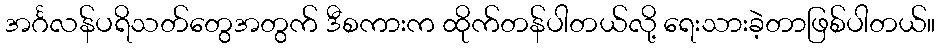
အင်္ဂလန်ပရိသတ်တွေအတွက် ဒီစကားက ထိုက်တန်ပါတယ်လို့ ရေးသားခဲ့တာဖြစ်ပါတယ်။